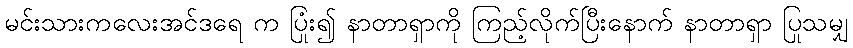
မင်းသားကလေးအင်ဒရေ က ပြုံး၍ နာတာရှာကို ကြည့်လိုက်ပြီးနောက် နာတာရှာ ပြုသမျှ